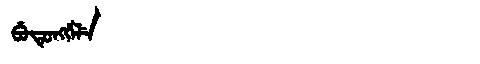
Manchu: ᠪᡠᡨᡠᠩᡤᡝᠯᡝ
Romanization: BUTUNGGELE